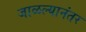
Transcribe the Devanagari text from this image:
जाळल्यानंतर